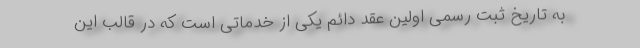
به تاریخ ثبت رسمی اولین عقد دائم یکی از خدماتی است که در قالب این